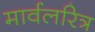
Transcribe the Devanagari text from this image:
मार्वलरित्र